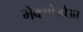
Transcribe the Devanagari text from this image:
मैक्सोज़ोआ